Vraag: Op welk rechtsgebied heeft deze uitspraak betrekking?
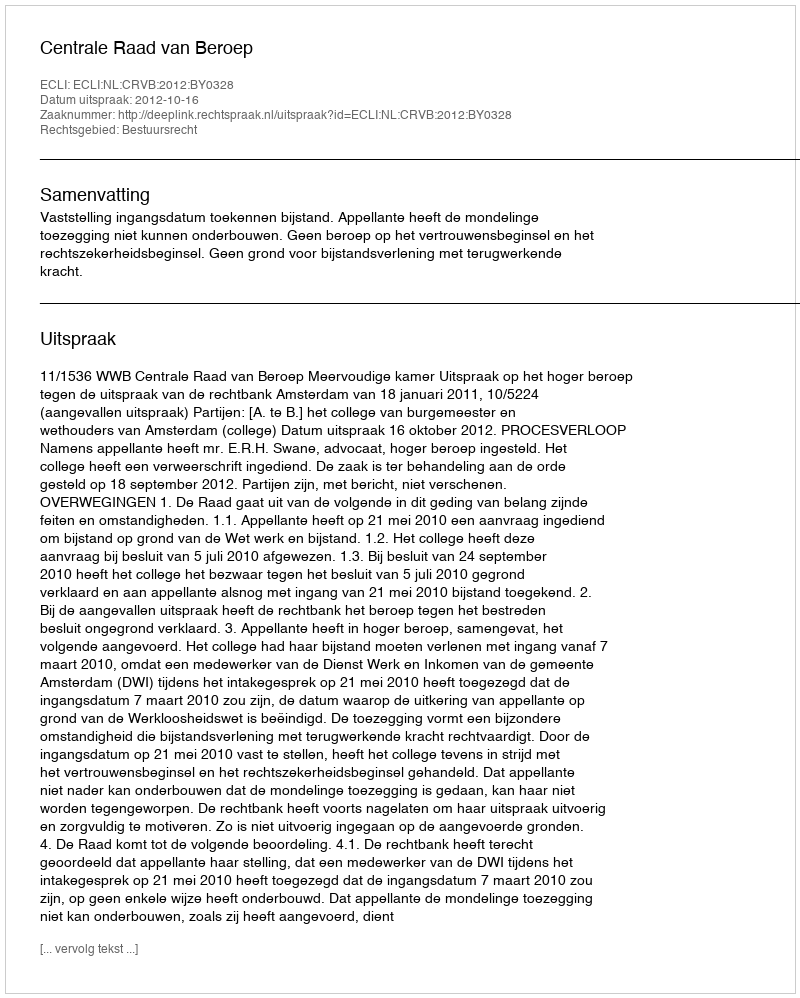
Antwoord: Bestuursrecht